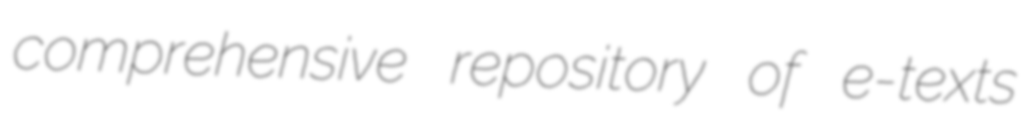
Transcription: comprehensive repository of e-texts